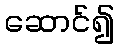
ဆောင်၍